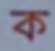
ক